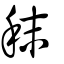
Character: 秣